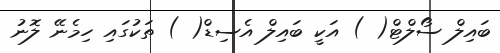
ބައިލް ސޯލްޓް( ) އަކީ ބައިލް އެސިޑް( ) ތަކުގައި ހިމެނޭ ލޮނު